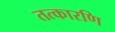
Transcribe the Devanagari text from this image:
तत्कारणि